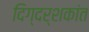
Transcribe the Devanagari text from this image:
दिग्दर्शकांत